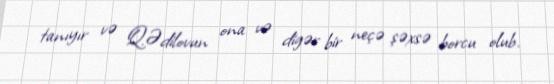
tanıyır və Q.Ədilovun ona və digər bir neçə şəxsə borcu olub.